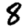
Digit: 8